TRU_Ajalooring, lk 82
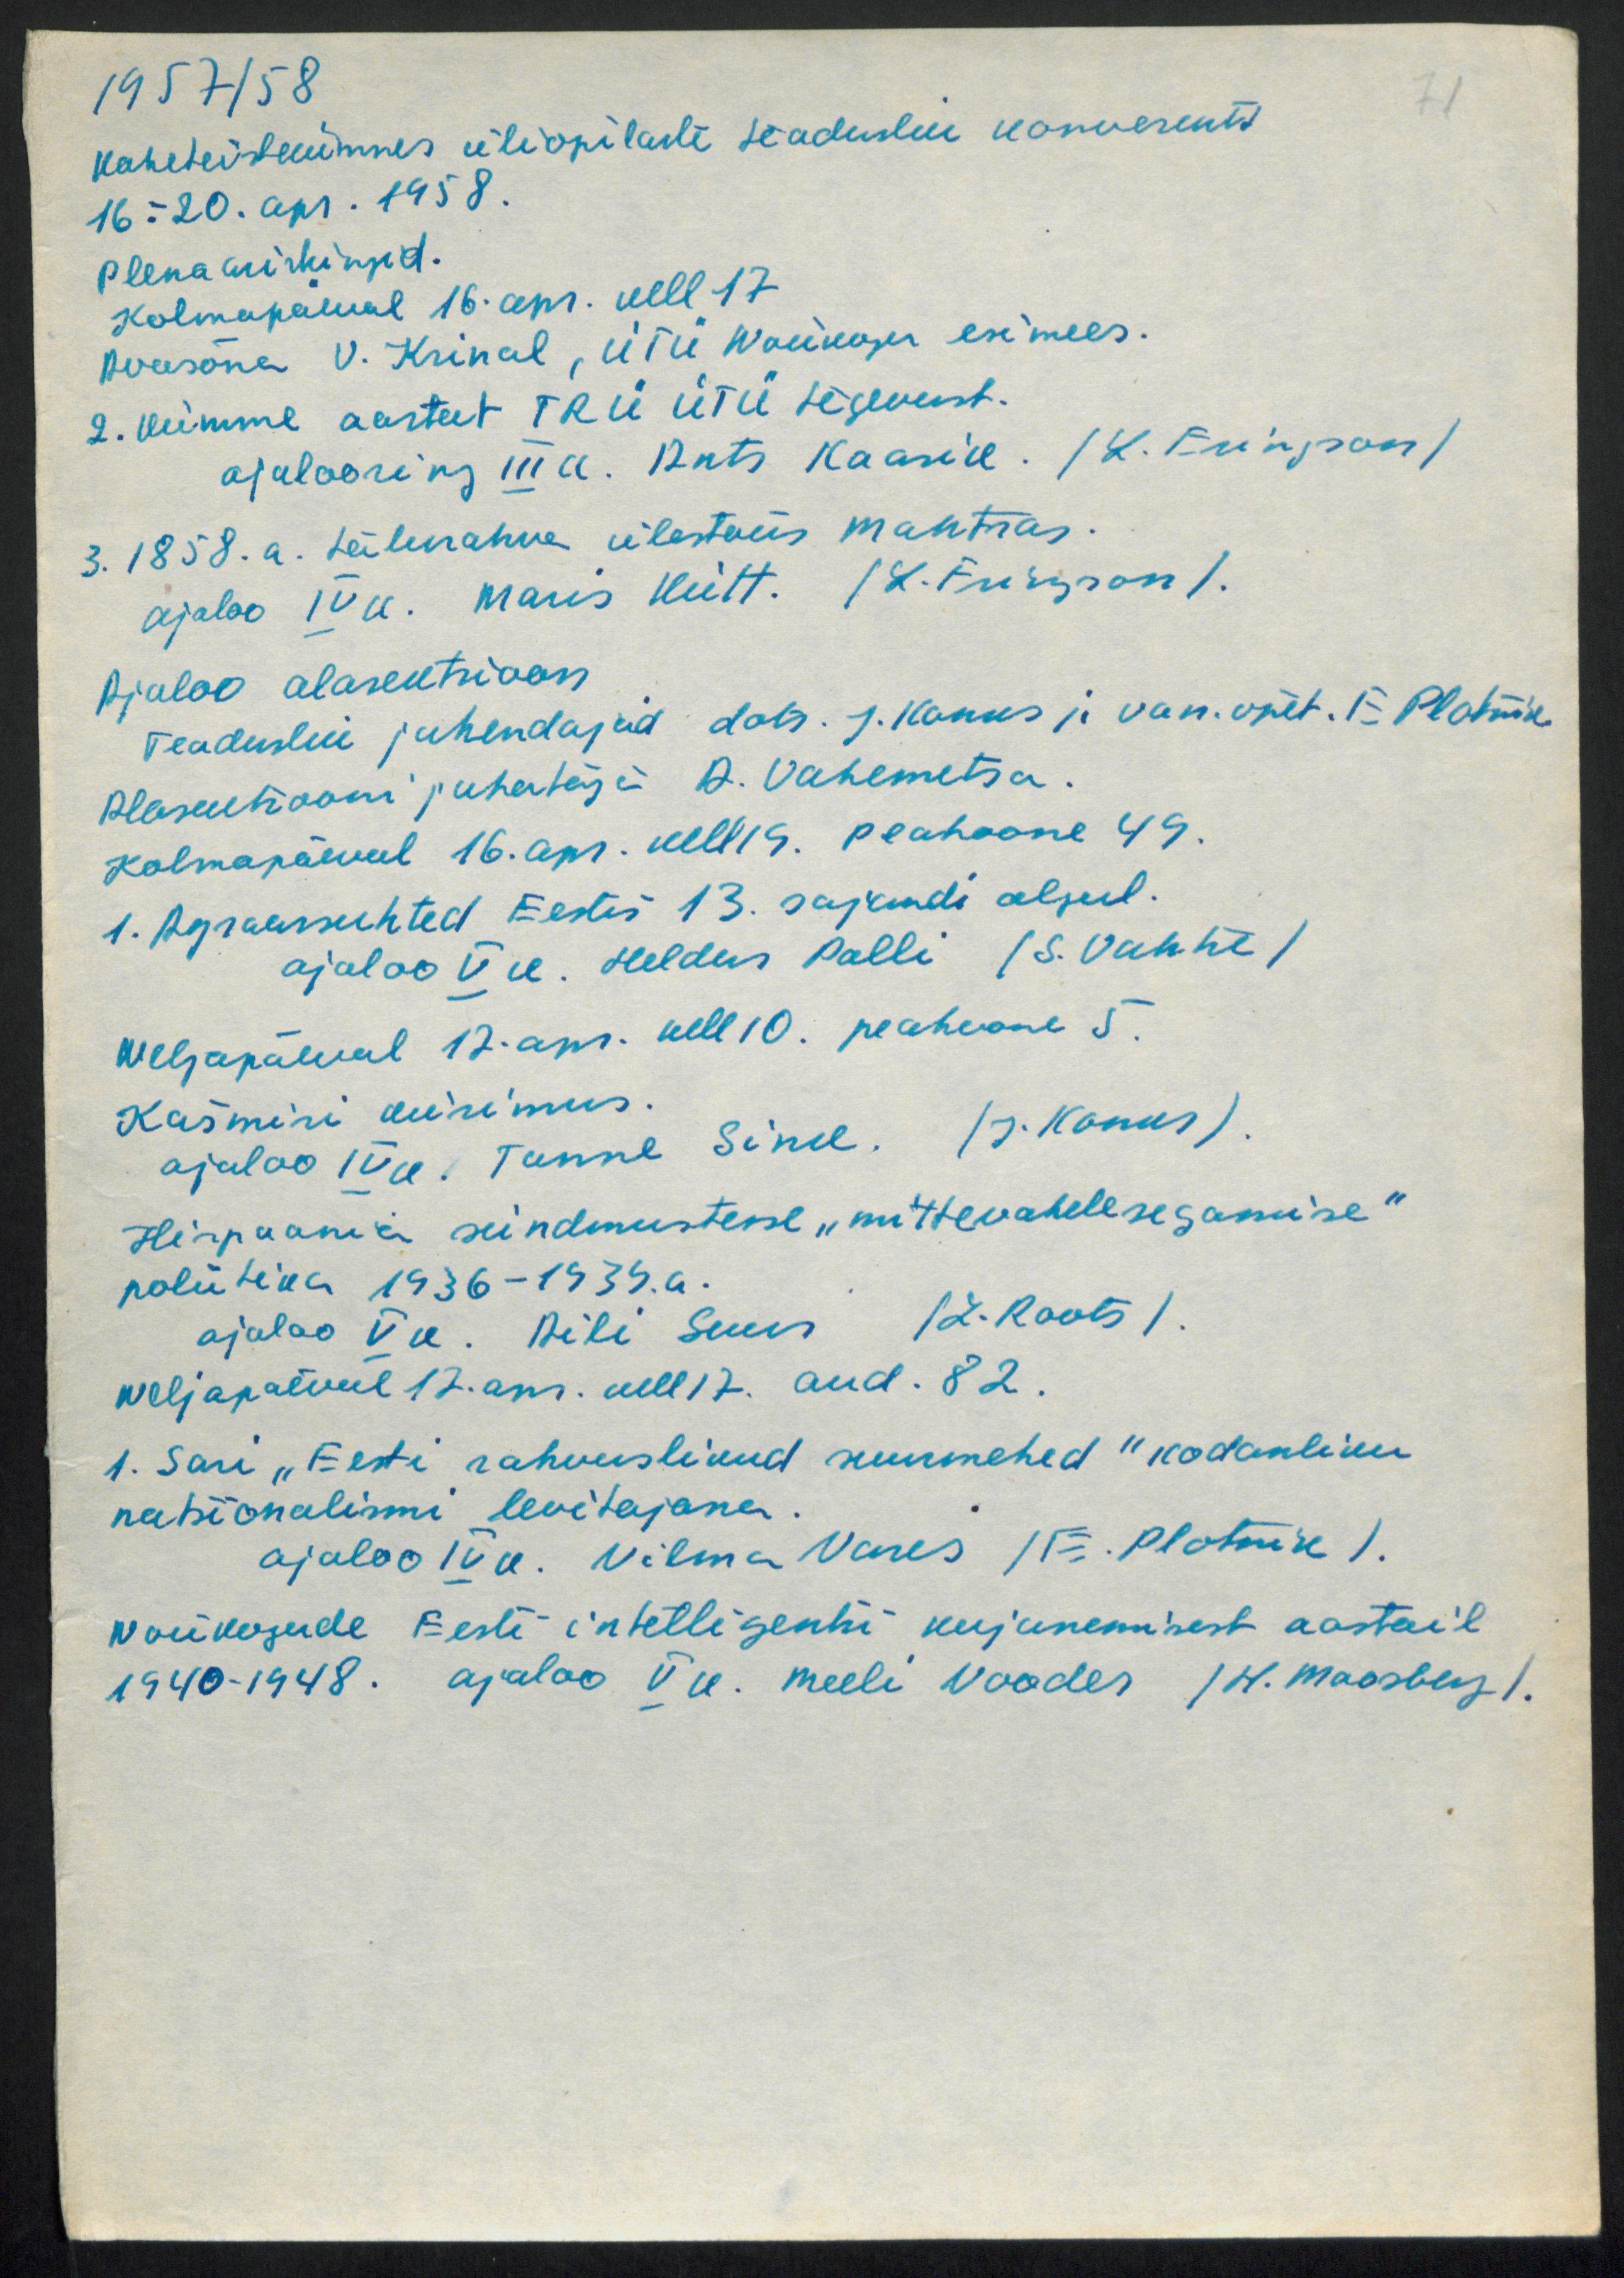
1957/58
71
kaheteistekümnes üliõpilaste teaduslik konverents
16.-20. apr. 1958.
plenaaristungid.
kolmapäeval 16. apr. kell 17.
Avasõna V. Krinal, ÜTÜ Nõukogu esimees.
2. Kuimme aastat TRÜ ÜTU tegevust.
ajalooring III k. Ants Kaasik. (L. Eringson)
3. 1858. a. talurahva ülestõus mahtras-
ajaloo IV k. Maris Kütt. (L. Eringson).
Ajaloo alasektsioon
Teaduslik juhendajad dots. J. Konks ja van. õpet. E. Plotnik.
Alasektsiooni juhataja A. Vahemetsa.
Kolmapäeval 16. apr. kell 19. Peahoone 49.
1. Agraarsuhted Eestis 13. sajandi algul.
ajaloo V k. Heldur Palli (S. Vahtre)
Neljapäeval 17. apr. kell 10. peahoone 5.
Kašmiri küsimus.
ajaloo IV k. Tunne Sink. (J. Konks).
Hispaania sündmustesse "mittevahelesegamise"
poliitika 1936-1939. a.
ajaloo V k. Aili Suur 12. (L. Roots).
Neljapäeval 12. apr. kell 17. aud. 82.
1. Sari "Eesti rahvuslikud suurmehed" kodanliku
natsionalismi levitajana.
ajaloo IV k. Vilma Vares (E. Plotnik).
Nõukogude Eesti intelligentsi kujunemisest aastail
1940-1948. ajaloo V a. Meeli Vooder (H. Moosberg).